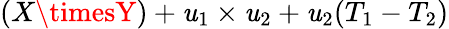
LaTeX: (X\timesY)+\mathit{u}_{1}\times\mathit{u}_{2}+\mathit{u}_{2}(T_{1}-T_{2})